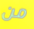
من